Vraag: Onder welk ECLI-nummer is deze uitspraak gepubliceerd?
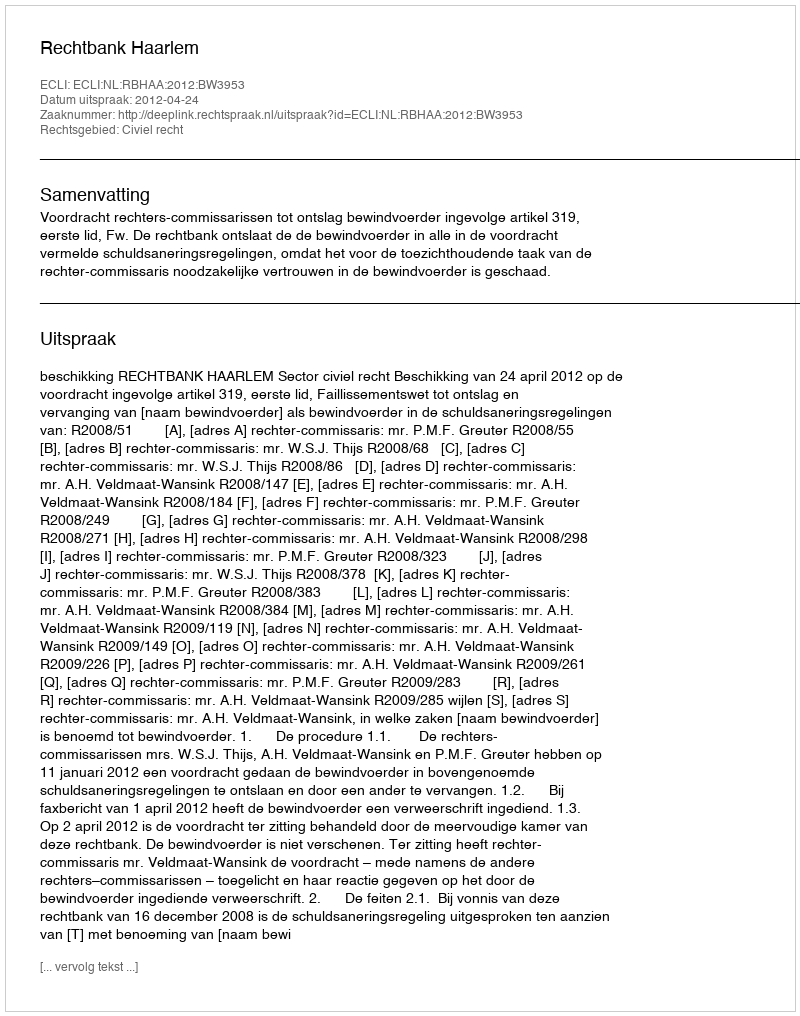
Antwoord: ECLI:NL:RBHAA:2012:BW3953